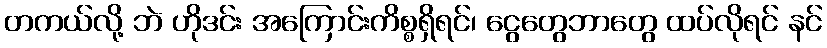
တကယ်လို့ ဘဲ ဟိုဒင်း အကြောင်းကိစ္စရှိရင်၊ ငွေတွေဘာတွေ ထပ်လိုရင် နင်